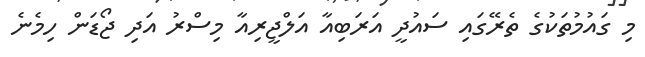
މި ގައުމުތަކުގެ ތެރޭގައި ސައުދީ އަރަބިއާ އަލްޖީރިއާ މިސްރު އަދި ޖޯޑަން ހިމެނެ